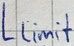
Text: Llimit